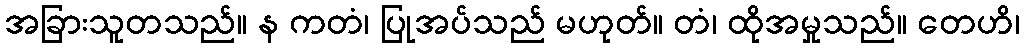
အခြားသူတသည်။ န ကတံ၊ ပြုအပ်သည် မဟုတ်။ တံ၊ ထိုအမှုသည်။ တေဟိ၊